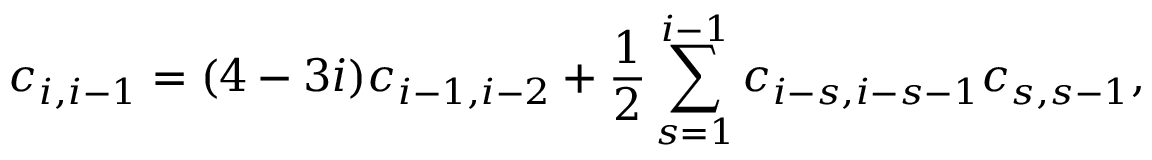
c _ { i , i - 1 } = ( 4 - 3 i ) c _ { i - 1 , i - 2 } + \frac { 1 } { 2 } \sum _ { s = 1 } ^ { i - 1 } c _ { i - s , i - s - 1 } c _ { s , s - 1 } ,